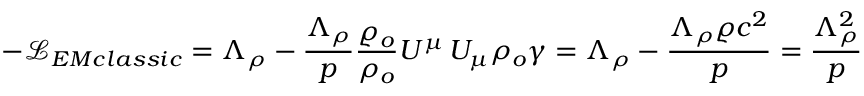
- \mathcal { L } _ { E M c l a s s i c } = \Lambda _ { \rho } - \frac { \Lambda _ { \rho } } { p } \frac { \varrho _ { o } } { \rho _ { o } } U ^ { \mu } \, U _ { \mu } \rho _ { o } \gamma = \Lambda _ { \rho } - \frac { \Lambda _ { \rho } \varrho c ^ { 2 } } { p } = \frac { \Lambda _ { \rho } ^ { 2 } } { p }